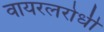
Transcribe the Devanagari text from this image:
वायरलरोधी